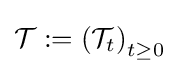
{\mathcal {T}}:=\left({\mathcal {T}}_{t}\right)_{t\geq 0}